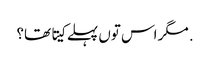
. مگر اس تو‏ں پہلے کیتا تھا؟